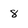
Character: 8